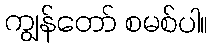
ကျွန်တော် စမစ်ပါ။